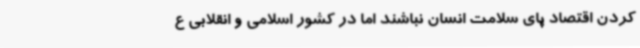
کردن اقتصاد پای سلامت انسان نباشند اما در کشور اسلامی و انقلابی ع